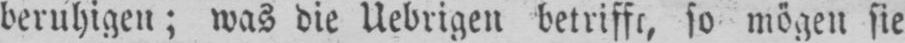
so mögen sie